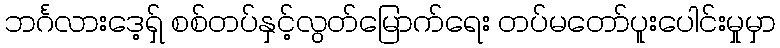
ဘင်္ဂလားဒေ့ရှ် စစ်တပ်နှင့်လွတ်မြောက်ရေး တပ်မတော်ပူးပေါင်းမှုမှာ